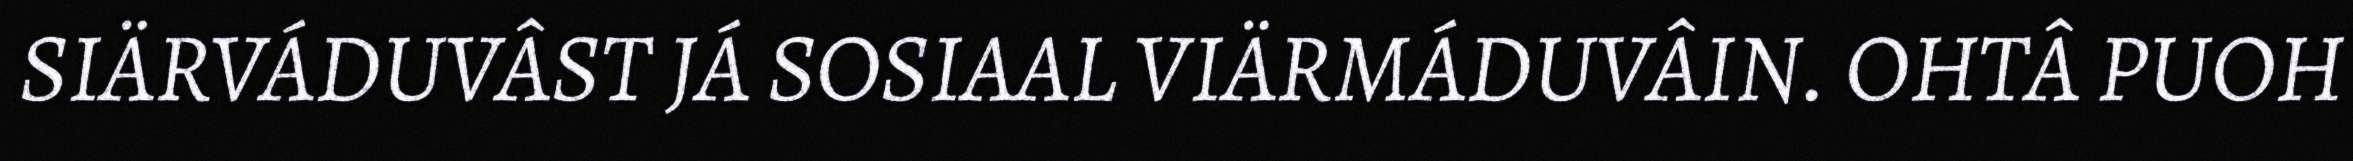
SIÄRVÁDUVÂST JÁ SOSIAAL VIÄRMÁDUVÂIN. OHTÂ PUOH